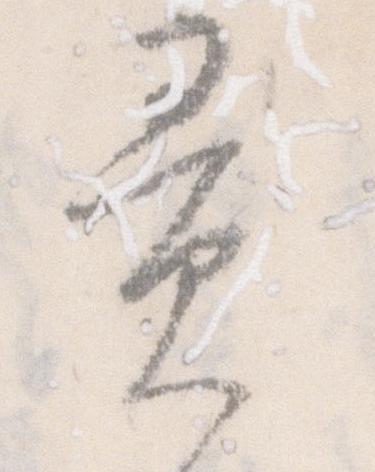
異